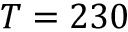
T = 2 3 0